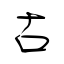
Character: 古